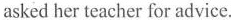
asked her teacher for advice.